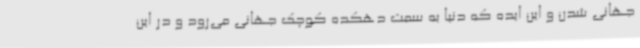
جهانی شدن و این ایده که دنیا به سمت دهکده کوچک جهانی می‌رود و در این